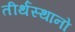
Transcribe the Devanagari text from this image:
तीर्थस्थानो